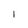
Character: I